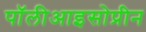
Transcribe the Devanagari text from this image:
पॉलीआइसोप्रीन